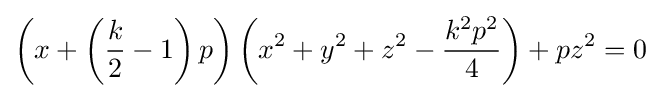
\left(x+\left({\frac {k}{2}}-1\right)p\right)\left(x^{2}+y^{2}+z^{2}-{\frac {k^{2}p^{2}}{4}}\right)+pz^{2}=0\